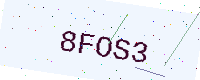
Text: 8FOS3